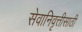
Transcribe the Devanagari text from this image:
सेवानिवृत्तीसाठी